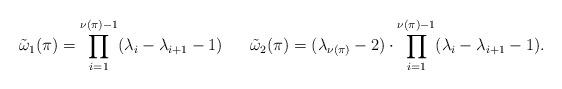
LaTeX: \begin{align*}\begin{array}{ccc}\displaystyle\tilde{\omega}_{1}(\pi) = \prod_{i=1}^{\nu(\pi)-1} (\lambda_{i}-\lambda_{i+1}-1) && \displaystyle\tilde{\omega}_{2}(\pi) = (\lambda_{\nu(\pi)}-2)\cdot\prod_{i=1}^{\nu(\pi)-1} (\lambda_{i}-\lambda_{i+1}-1).\end{array}\end{align*}